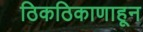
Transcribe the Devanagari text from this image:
ठिकठिकाणाहून